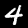
Digit: 4